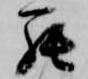
罷